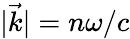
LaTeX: |\vec{k}|=n\omega/c